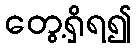
တွေ့ရှိရ၍